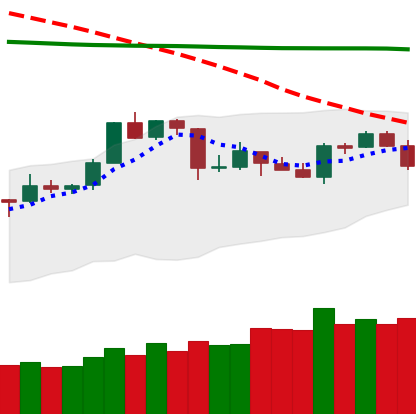
Ticker: TRX-USD
Chart end date: 2020-04-20
Forward return: 11.992%
Label: up_7plus